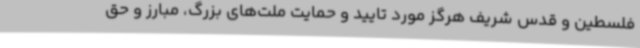
فلسطین و قدس شریف هرگز مورد تایید و حمایت ملت‌های بزرگ، مبارز و حق